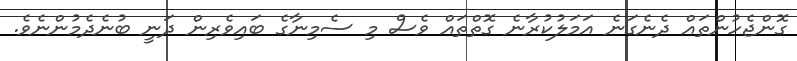
ގޮންޖެހުންތައް ދެނެގަނެ އަމަލުކުރާނެ ގޮތްތައް ވެސް މި ސެމިނާގެ ބައިވެރިން ދަނީ ބުނެދެމުންނެވެ.